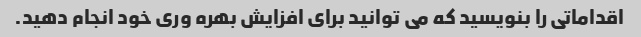
اقداماتی را بنویسید که می توانید برای افزایش بهره وری خود انجام دهید.